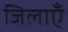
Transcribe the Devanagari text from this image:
जिलाएँ